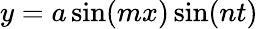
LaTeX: y=a\sin(mx)\sin(nt)